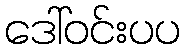
ဒေါ်ဝင်းပပ